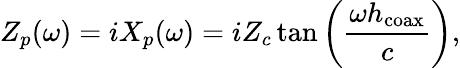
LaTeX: Z_{p}(\omega)=iX_{p}(\omega)=iZ_{c}\tan\left(\frac{\omega h_{\mathrm{coax}}}{c}\right),